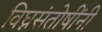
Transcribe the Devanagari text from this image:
विघ्नसंतोषींनी